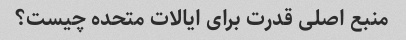
منبع اصلی قدرت برای ایالات متحده چیست؟